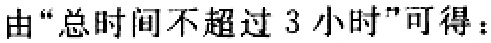
由“总时间不超过 3 小时”可得：